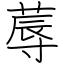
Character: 蓐